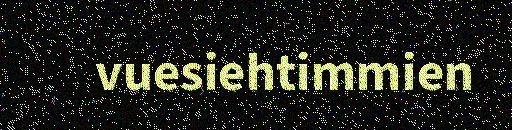
vuesiehtimmien